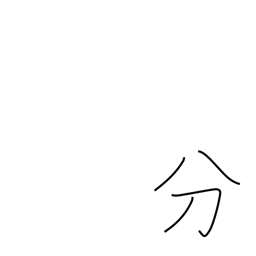
Meaning: duty